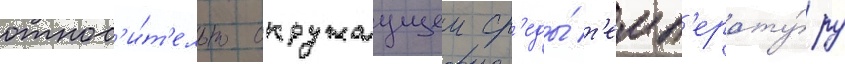
относ'и́т'ельно окружаущеи ср'еды́ т'емп'ерату́ру